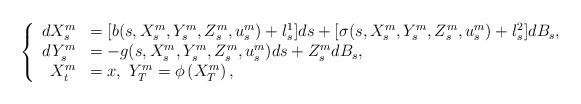
LaTeX: \begin{align*}\left\{\begin{array}[c]{rl}dX_{s}^{m} & =[b(s,X_{s}^{m},Y_{s}^{m},Z_{s}^{m},u_{s}^{m})+l_{s}^{1}]ds+[\sigma(s,X_{s}^{m},Y_{s}^{m},Z_{s}^{m},u_{s}^{m})+l_{s}^{2}]dB_{s},\\dY_{s}^{m} & =-g(s,X_{s}^{m},Y_{s}^{m},Z_{s}^{m},u_{s}^{m})ds+Z_{s}^{m}dB_{s},\\X_{t}^{m} & =x,\ Y_{T}^{m}=\phi\left( X_{T}^{m}\right) ,\end{array}\right. \end{align*}